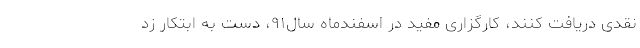
نقدی دریافت کنند، کارگزاری مفید در اسفندماه سال۹۱، دست به ابتکار زد